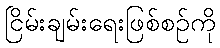
ငြိမ်းချမ်းရေးဖြစ်စဉ်ကို